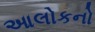
આલોકનો